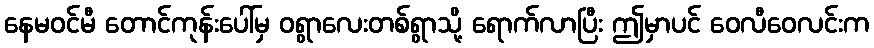
နေမဝင်မီ တောင်ကုန်းပေါ်မှ ဝရွာလေးတစ်ရွာသို့ ရောက်လာပြီး ဤမှာပင် ဝေလီဝေလင်းက